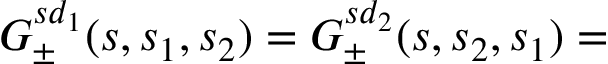
{ \cal G } _ { \pm } ^ { s d _ { 1 } } ( s , s _ { 1 } , s _ { 2 } ) = { \cal G } _ { \pm } ^ { s d _ { 2 } } ( s , s _ { 2 } , s _ { 1 } ) =